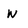
Character: w